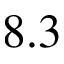
8 . 3